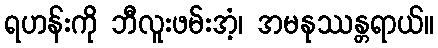
ရဟန်းကို ဘီလူးဖမ်းအံ့၊ အမနုဿန္တရာယ်။